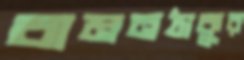
বামনঠাকুর